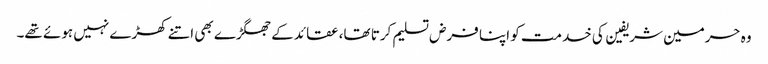
وہ حرمین شریفین کی خدمت کو اپنا فرض تسلیم کرتا تھا، عقائد کے جھگڑے بھی اتنے کھڑے نہیں ہوئے تھے۔